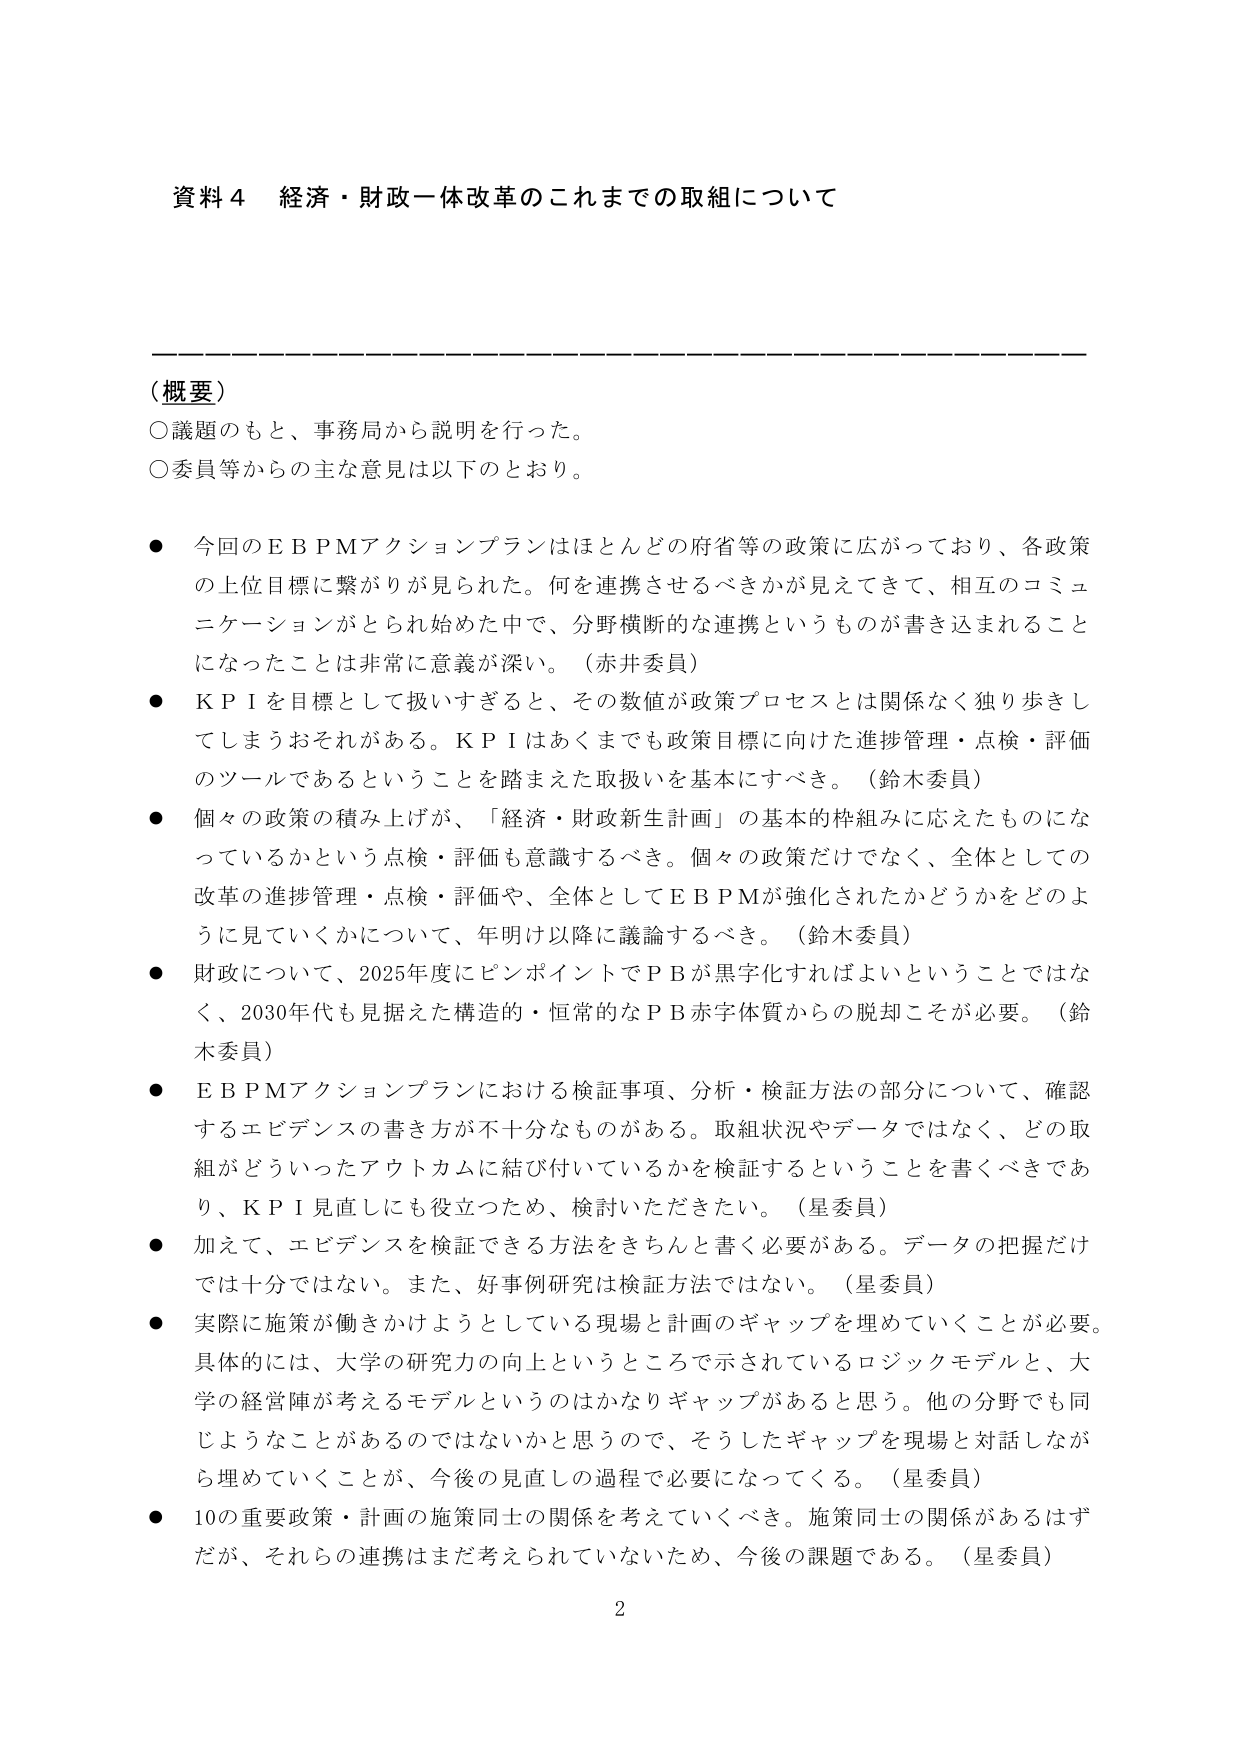
資料４ 経済・財政一体改革のこれまでの取組について

（概要）
○議題のもと、事務局から説明を行った。
○委員等からの主な意見は以下のとおり。

● 今回のＥＢＰＭアクションプランはほとんどの府省等の政策に広がっており、各政策の上位目標に繋がりが見られた。何を連携させるべきかが見えてきて、相互のコミュニケーションがとられ始めた中で、分野横断的な連携というものが書き込まれることになったことは非常に意義が深い。（赤井委員）

● ＫＰＩを目標として扱いすぎると、その数値が政策プロセスとは関係なく独り歩きしてしまうおそれがある。ＫＰＩはあくまでも政策目標に向けた進捗管理・点検・評価のツールであるということを踏まえた取扱いを基本にすべき。（鈴木委員）

● 個々の政策の積み上げが、「経済・財政新生計画」の基本的枠組みに応えたものになっているかという点検・評価も意識するべき。個々の政策だけでなく、全体としての改革の進捗管理・点検・評価や、全体としてＥＢＰＭが強化されたかどうかをどのように見ていくかについて、年明け以降に議論するべき。（鈴木委員）

● 財政について、2025年度にピンポイントでＰＢが黒字化すればよいということではなく、2030年代も見据えた構造的・恒常的なＰＢ赤字体質からの脱却こそが必要。（鈴木委員）

● ＥＢＰＭアクションプランにおける検証事項、分析・検証方法の部分について、確認するエビデンスの書き方が不十分なものがある。取組状況やデータではなく、どの取組がどういったアウトカムに結び付いているかを検証することを書くべきであり、ＫＰＩ見直しにも役立つため、検討いただきたい。（星委員）

● 加えて、エビデンスを検証できる方法をきちんと書く必要がある。データの把握だけでは十分ではない。また、好事例研究は検証方法ではない。（星委員）

● 実際に施策が働きかけようとしている現場と計画のギャップを埋めていくことが必要。具体的には、大学の研究力の向上というところで示されているロジックモデルと、大学の経営陣が考えるモデルというのはかなりギャップがあると思う。他の分野でも同じようなことがあるのではないかと思うので、そうしたギャップを現場と対話しながら埋めていくことが、今後の見直しの過程で必要になってくる。（星委員）

● 10の重要政策・計画の施策同士の関係を考えていくべき。施策同士の関係があるはずだが、それらの連携はまだ考えられていないため、今後の課題である。（星委員）

2